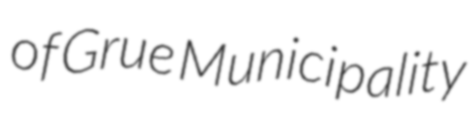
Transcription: of Grue Municipality